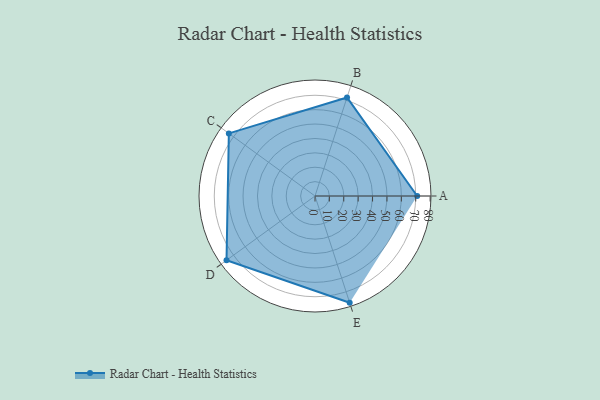
{"axis": {"x": "Skill", "y": "Score"}, "legend": ["Profile"], "data": [{"x": "A", "y": 71.0, "type": "Profile"}, {"x": "B", "y": 72.0, "type": "Profile"}, {"x": "C", "y": 74.0, "type": "Profile"}, {"x": "D", "y": 76.0, "type": "Profile"}, {"x": "E", "y": 78.0, "type": "Profile"}]}